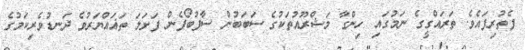
ފެތުރިފައެވެ. ތަރައްގީގެ ނަމުގައި ހިންގާ މަޝްރޫއުތަކުގެ ސަބަބުން ސާފުބޯފެން ފަށަލަ ތަޣައްޔަރުވެ ދަނޑުވެރިކަމުގެ